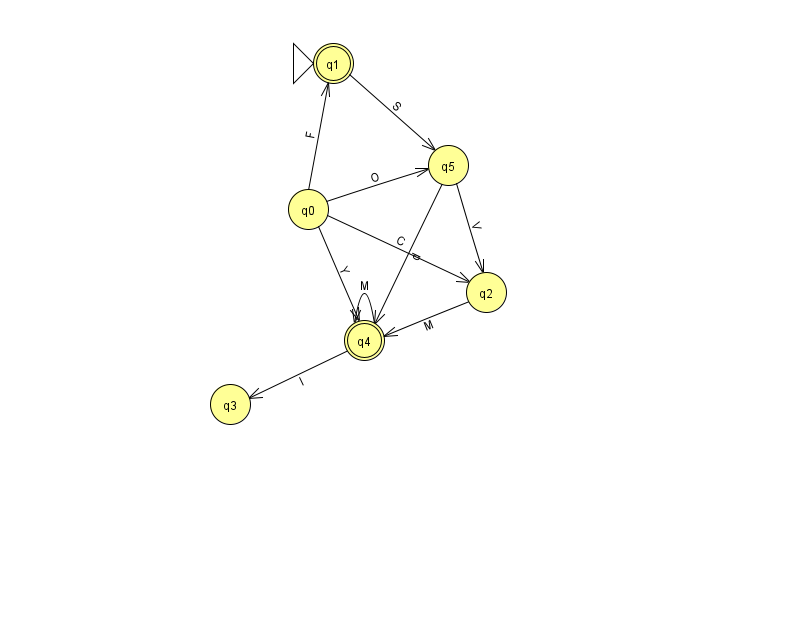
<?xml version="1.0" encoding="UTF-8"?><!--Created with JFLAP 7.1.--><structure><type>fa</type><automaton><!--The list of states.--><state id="0" name="q0"><x>308.0</x><y>196.0</y></state><state id="1" name="q1"><x>333.0</x><y>50.0</y><initial/><final/></state><state id="2" name="q2"><x>486.0</x><y>279.0</y></state><state id="3" name="q3"><x>230.0</x><y>391.0</y></state><state id="4" name="q4"><x>364.0</x><y>327.0</y><final/></state><state id="5" name="q5"><x>448.0</x><y>152.0</y></state><!--The list of transitions.--><transition><from>0</from><to>2</to><read>C</read></transition><transition><from>2</from><to>4</to><read>M</read></transition><transition><from>5</from><to>2</to><read>V</read></transition><transition><from>0</from><to>4</to><read>Y</read></transition><transition><from>4</from><to>3</to><read>l</read></transition><transition><from>0</from><to>5</to><read>O</read></transition><transition><from>1</from><to>5</to><read>S</read></transition><transition><from>0</from><to>1</to><read>F</read></transition><transition><from>4</from><to>4</to><read>M</read></transition><transition><from>5</from><to>4</to><read>d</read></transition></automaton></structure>